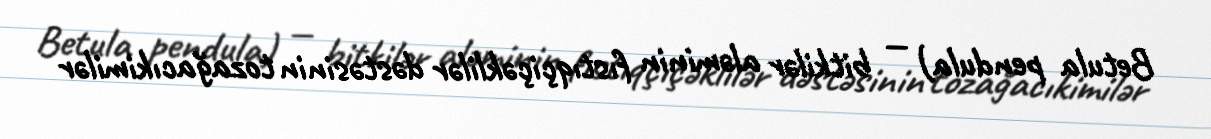
Betula pendula) — bitkilər aləminin fıstıqçiçəklilər dəstəsinin tozağacıkimilər